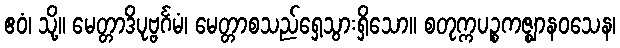
ဧဝံ၊ သို့။ မေတ္တာဒိပုဗ္ဗင်္ဂမံ၊ မေတ္တာစသည်ရှေ့သွားရှိသော။ စတုက္ကပဉ္စကဇ္ဈာနဝသေန၊